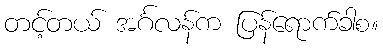
တင့်တယ် အင်္ဂလန်က ပြန်ရောက်ခါစ။